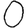
Digit: 0